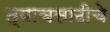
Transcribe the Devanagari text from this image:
त्याचसाठीचे